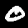
Label: 0